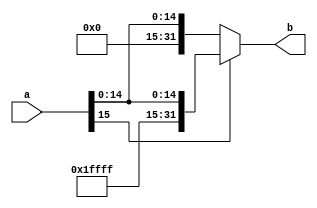
`timescale 1ns / 1ps
//////////////////////////////////////////////////////////////////////////////////
// Company: 
// Engineer: 
// 
// Design Name: 
// Module Name:    signExtend 
// Project Name: 
// Target Devices: 
// Tool versions: 
// Description: 
//
// Dependencies: 
//
// Revision: 
// Revision 0.01 - File Created
// Additional Comments: 
//
//////////////////////////////////////////////////////////////////////////////////
module signExtend(
input[15:0]a,
output[31:0]b
    );
assign b=(a[15]==1)?{16'hFFFF,a}:{16'h0000,a};
endmodule